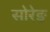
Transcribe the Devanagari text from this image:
सोरेङ